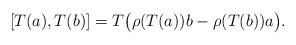
LaTeX: \begin{align*}[T (a), T (b)] = T \big(\rho(T (a))b - \rho(T (b))a\big). \end{align*}